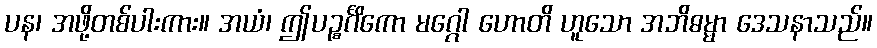
ပန၊ အဖို့တစ်ပါးကား။ အယံ၊ ဤပဉ္စင်္ဂိကော မဂ္ဂေါ ဟောတိ ဟူသော အဘိဓမ္မာ ဒေသနာသည်။